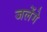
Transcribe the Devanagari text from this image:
जलेंगे